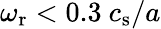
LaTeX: \omega_{\mathrm{r}}<0.3\ c_{\mathrm{s}}/a